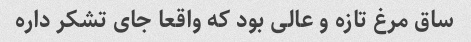
ساق مرغ تازه و عالی بود که واقعا جای تشکر داره